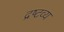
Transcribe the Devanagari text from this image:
द्रष्‍टव्य